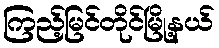
ကြည့်မြင်တိုင်မြို့နယ်